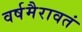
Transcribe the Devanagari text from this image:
वर्षमैरावतं